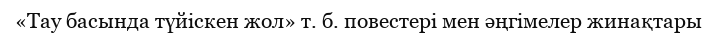
«Тау басында түйіскен жол» т. б. повестері мен әңгімелер жинақтары